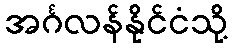
အင်္ဂလန်နိုင်ငံသို့